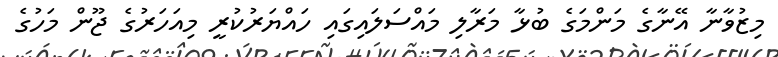
މިޒުވާނާ އޭނާގެ މަންމަގެ ބުޅާ މަރާލި މައްސަލައިގައި ހައްޔަރުކުރީ މިއަހަރުގެ ޖޫން މަހުގެ